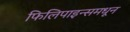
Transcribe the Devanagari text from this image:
फिलिपाइन्समधून